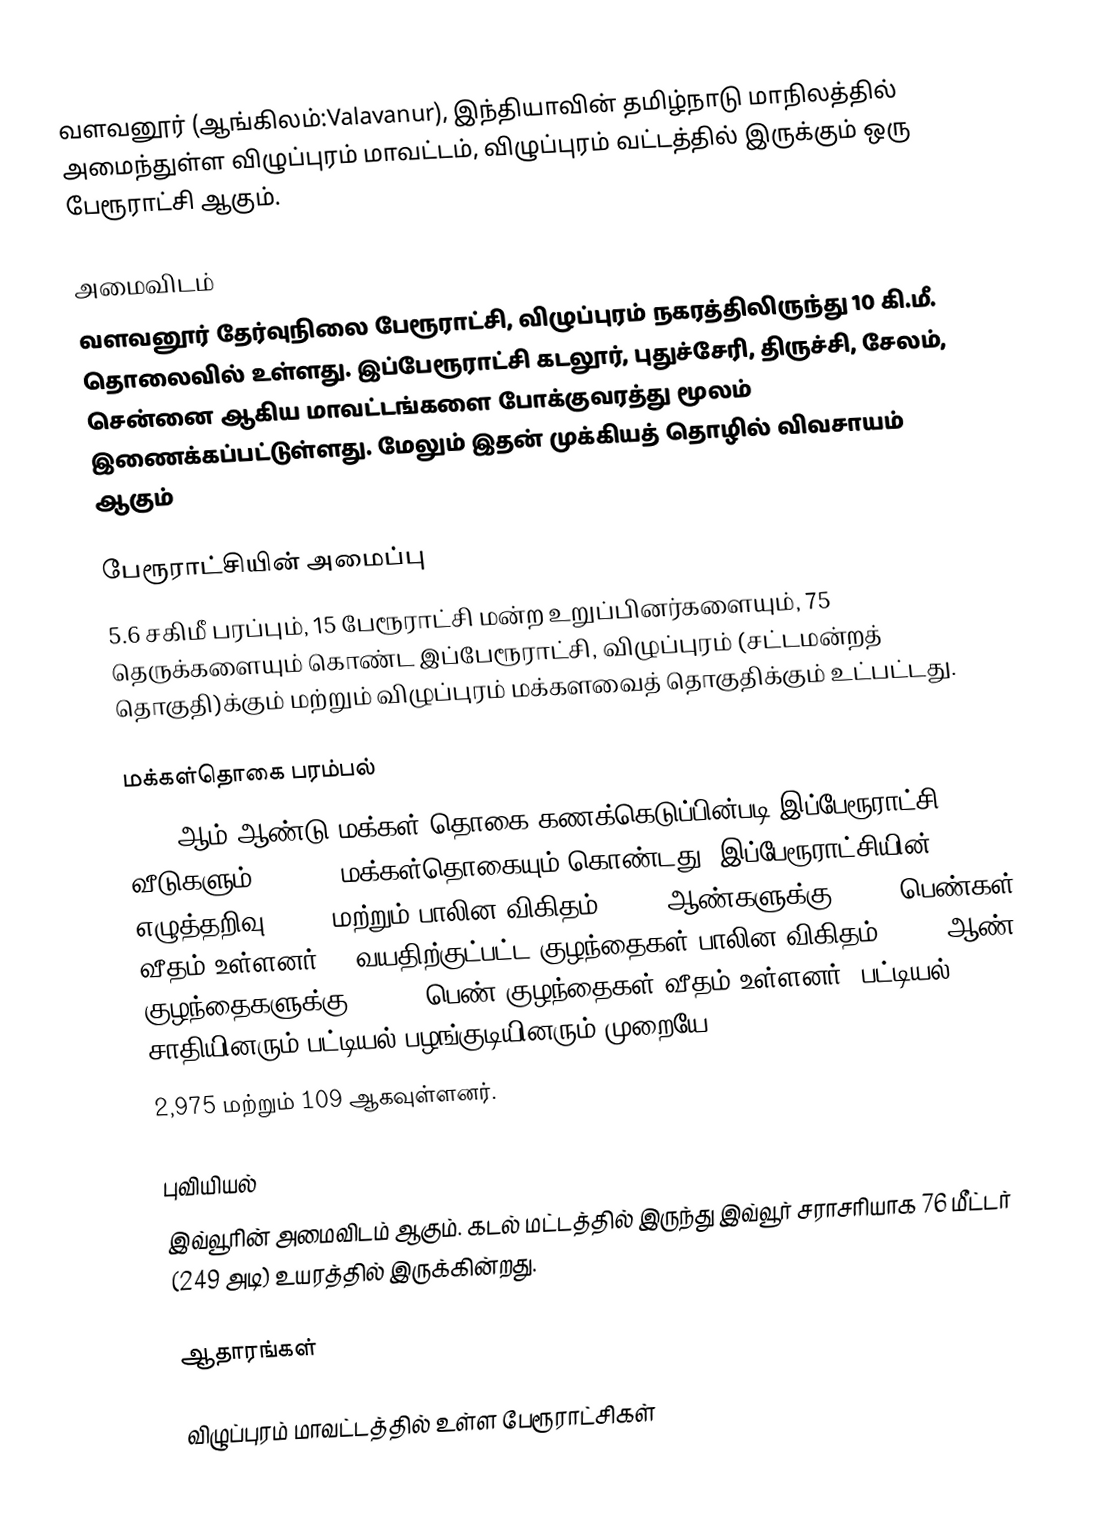
வளவனூர் (ஆங்கிலம்:Valavanur), இந்தியாவின் தமிழ்நாடு மாநிலத்தில் அமைந்துள்ள விழுப்புரம் மாவட்டம், விழுப்புரம் வட்டத்தில் இருக்கும் ஒரு பேரூராட்சி ஆகும்.

அமைவிடம்
வளவனூர் தேர்வுநிலை பேரூராட்சி,  விழுப்புரம்  நகரத்திலிருந்து 10 கி.மீ. தொலைவில் உள்ளது. இப்பேரூராட்சி கடலூர், புதுச்சேரி, திருச்சி, சேலம், சென்னை ஆகிய மாவட்டங்களை போக்குவரத்து மூலம் இணைக்கப்பட்டுள்ளது. மேலும் இதன் முக்கியத் தொழில் விவசாயம் ஆகும்

பேரூராட்சியின் அமைப்பு
5.6 சகிமீ பரப்பும், 15 பேரூராட்சி மன்ற உறுப்பினர்களையும், 75 தெருக்களையும் கொண்ட இப்பேரூராட்சி, விழுப்புரம் (சட்டமன்றத் தொகுதி)க்கும் மற்றும் விழுப்புரம் மக்களவைத் தொகுதிக்கும் உட்பட்டது.

மக்கள்தொகை பரம்பல்
2011-ஆம் ஆண்டு மக்கள் தொகை கணக்கெடுப்பின்படி   இப்பேரூராட்சி 3,913   வீடுகளும்,  16,745 மக்கள்தொகையும் கொண்டது.  இப்பேரூராட்சியின் எழுத்தறிவு  85.8% மற்றும் பாலின விகிதம் 1,000 ஆண்களுக்கு, 1,003பெண்கள் வீதம் உள்ளனர். 6 வயதிற்குட்பட்ட குழந்தைகள் பாலின விகிதம், 1000 ஆண் குழந்தைகளுக்கு,  1,077 பெண் குழந்தைகள் வீதம் உள்ளனர். பட்டியல் சாதியினரும் பட்டியல் பழங்குடியினரும் முறையே
2,975 மற்றும் 109 ஆகவுள்ளனர்.

புவியியல்
இவ்வூரின் அமைவிடம்  ஆகும். கடல் மட்டத்தில் இருந்து இவ்வூர் சராசரியாக 76 மீட்டர் (249 அடி) உயரத்தில் இருக்கின்றது.

ஆதாரங்கள்

விழுப்புரம் மாவட்டத்தில் உள்ள பேரூராட்சிகள்